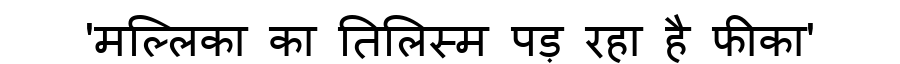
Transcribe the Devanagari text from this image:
'मल्लिका का तिलिस्म पड़ रहा है फीका'